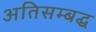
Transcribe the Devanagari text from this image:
अतिसम्बद्ध